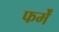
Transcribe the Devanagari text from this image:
फर्में